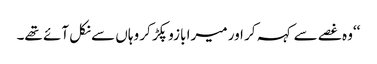
‘‘وہ غصے سے کہہ کر اور میرا بازو پکڑ کر وہاں سے نکل آئے تھے۔